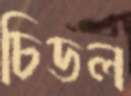
চিডল